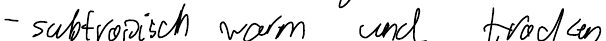
- subtropisch warm und trocken